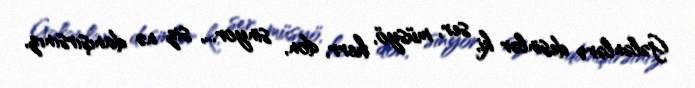
Gələnlərə desinlər ki, ser, müsyö, herr, don, sinyor..., siz nə danışırsınız,